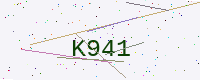
Text: K941